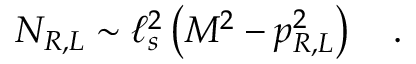
N _ { R , L } \sim \ell _ { s } ^ { 2 } \left( M ^ { 2 } - p _ { R , L } ^ { 2 } \right) \quad .